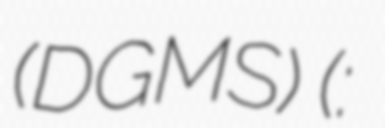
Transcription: (DGMS) (हिंदी: खान